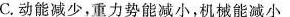
C.动能减少，重力势能减小，机械能减小